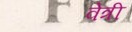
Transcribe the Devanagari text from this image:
वेत्री